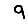
Digit: 9